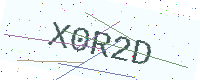
Text: X0R2D